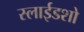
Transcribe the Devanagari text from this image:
स्लाईडशो